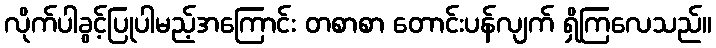
လိုက်ပါခွင့်ပြုပါမည့်အကြောင်း တစာစာ တောင်းပန်လျက် ရှိကြလေသည်။